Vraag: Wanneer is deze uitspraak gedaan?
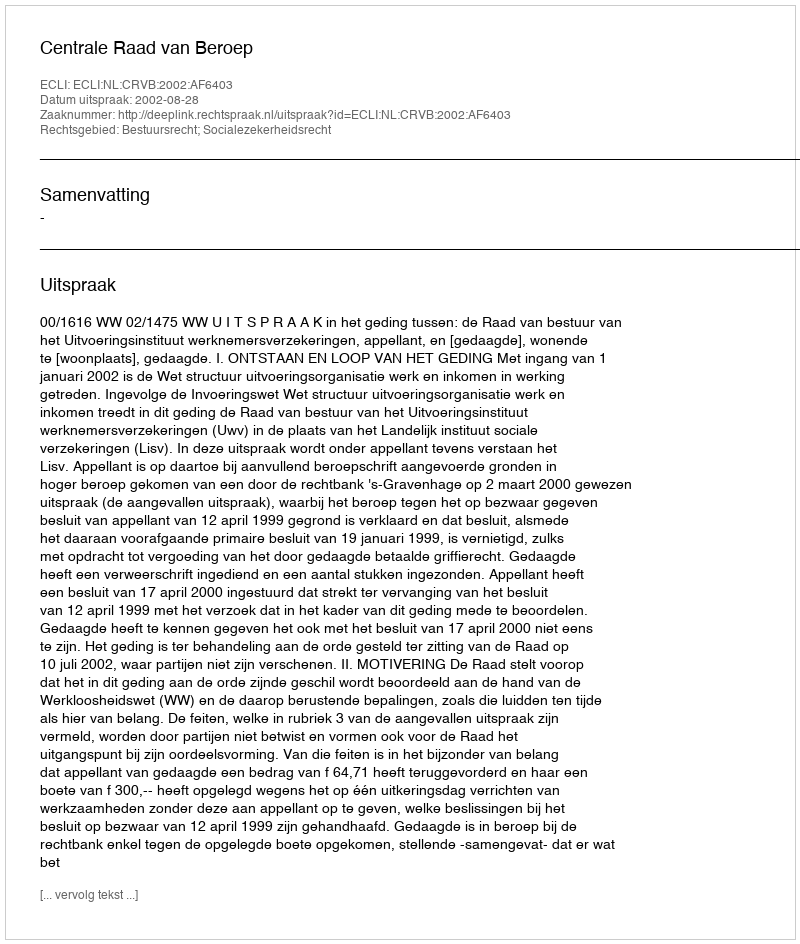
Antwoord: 2002-08-28